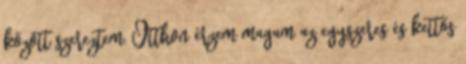
között szereztem. Otthon érzem magam az egyszeres és kettős